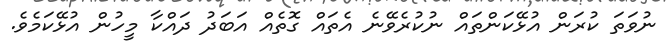
ނުވަތަ ކުރަން އުޅޭކަންތައް ނުކުރެވޭނެ އެތައް ގޮތެއް އަބަދު ދައްކާ މީހުން އުޅޭކަމެވެ.